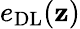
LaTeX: e_{\mathrm{DL}}(\mathbf{z})